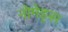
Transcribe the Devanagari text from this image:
नोमेड्स